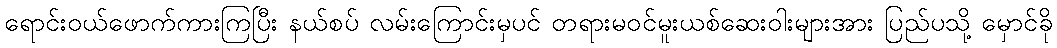
ရောင်းဝယ်ဖောက်ကားကြပြီး နယ်စပ် လမ်းကြောင်းမှပင် တရားမဝင်မူးယစ်ဆေးဝါးများအား ပြည်ပသို့ မှောင်ခို